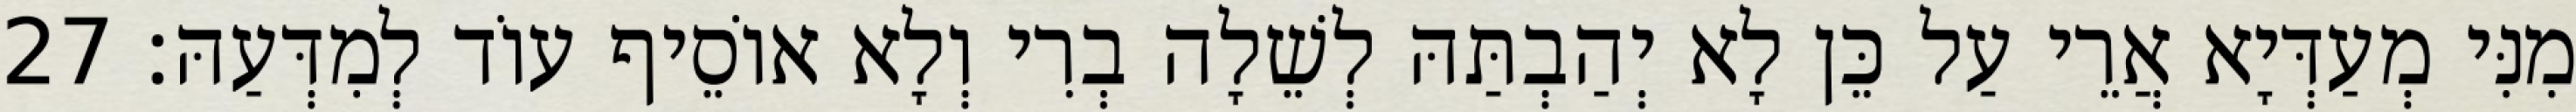
מִנִּי מְעַדְּיָא אֲרֵי עַל כֵּן לָא יְהַבְתַּהּ לְשֵׁלָה בְרִי וְלָא אוֹסֵיף עוֹד לְמִדְּעַהּ׃ 27